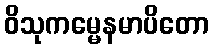
ဝိသုကမ္မေနမာပိတော